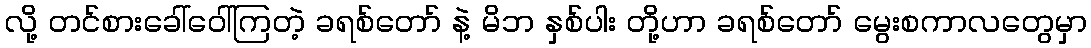
လို့ တင်စားခေါ်ဝေါ်ကြတဲ့ ခရစ်တော် နဲ့ မိဘ နှစ်ပါး တို့ဟာ ခရစ်တော် မွေးစကာလတွေမှာ